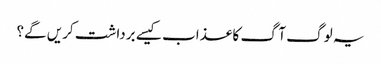
یہ لوگ آگ کا عذاب کیسے برداشت کریں گے؟